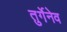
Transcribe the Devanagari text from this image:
तुर्गेनेव